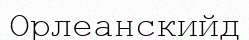
Орлеанскийд